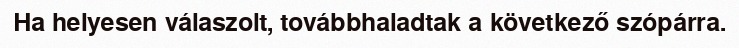
Ha helyesen válaszolt, továbbhaladtak a következő szópárra.